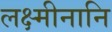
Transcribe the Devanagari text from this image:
लक्ष्मीनानि